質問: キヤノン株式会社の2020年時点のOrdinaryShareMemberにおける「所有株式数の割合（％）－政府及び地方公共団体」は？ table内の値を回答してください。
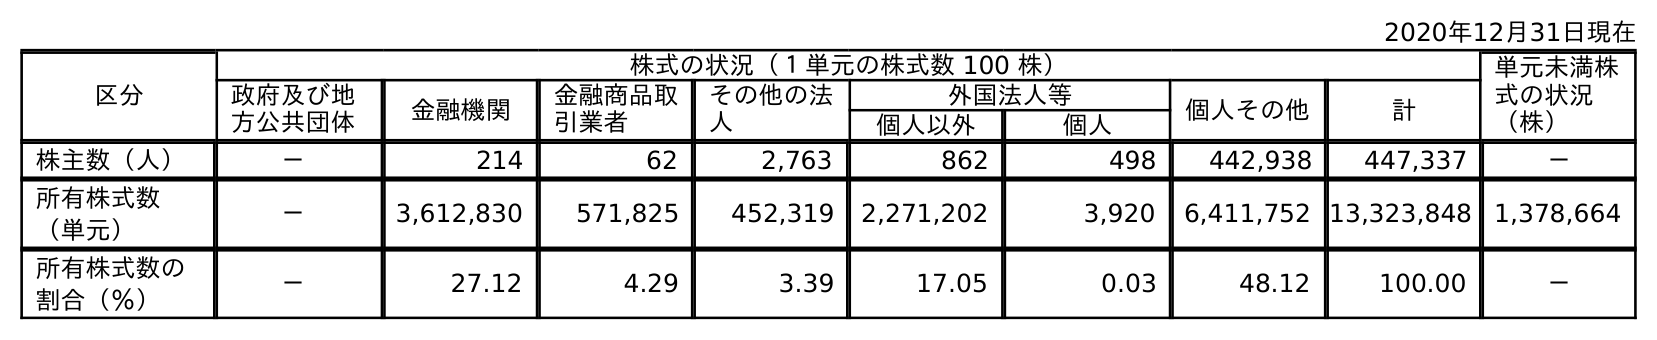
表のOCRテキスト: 2020年12月31日現在 区分 株式の状況（１単元の株式数 100 株） 単元未満株 式の状況 （株） 政府及び地 方公共団体 金融機関 金融商品取 引業者 その他の法 人 外国法人等 個人その他 計 個人以外 個人 株主数（人） － 214 62 2,763 862 498 442,938 447,337 － 所有株式数 （単元） － 3,612,830 571,825 452,319 2,271,202 3,920 6,411,752 13,323,848 1,378,664 所有株式数の 割合（％） － 27.12 4.29 3.39 17.05 0.03 48.12 100.00 －
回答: －